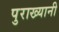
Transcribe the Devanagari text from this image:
पुराख्यानी